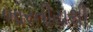
ભારતીયથી